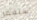
أستغفر